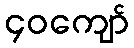
၄၀ကျော်